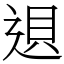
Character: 䢙